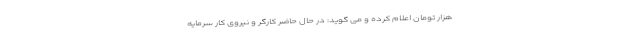
هزار تومان اعلام کرده و می گوید: در حال حاضر کارگر و نیروی کار سرمایه